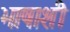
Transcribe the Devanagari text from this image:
भाषाशी